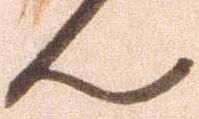
ん